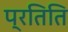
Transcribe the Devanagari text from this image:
प्रतिति